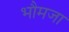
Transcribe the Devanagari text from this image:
भौमजा